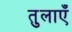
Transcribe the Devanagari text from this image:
तुलाएँ